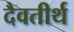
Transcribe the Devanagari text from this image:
दैवतीर्थ